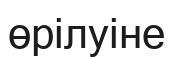
өрілуіне